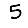
Digit: 5